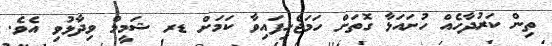
ތިން ކަރުދާހެއް ހުށައަޅާ ގޮތަށް ހަމަޖެހިފައިވާ ކަމަށް ޑރ ޝަމީމް ވިދާޅުވި އެވެ.